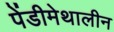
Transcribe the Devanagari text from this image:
पेंडीमेथालीन